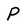
Character: P